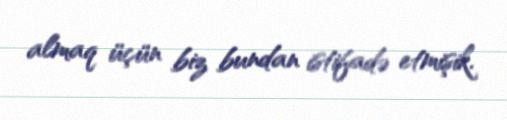
almaq üçün biz bundan istifadə etmişik.